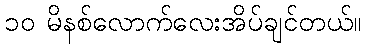
၁၀ မိနစ်လောက်လေးအိပ်ချင်တယ်။